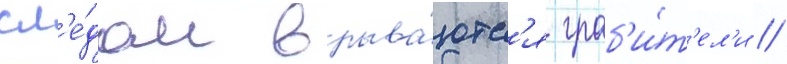
сл'е́дом врыва́ютс'я граб'и́т'ел'и //